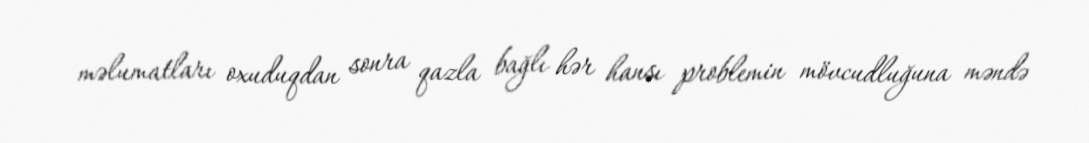
məlumatları oxuduqdan sonra qazla bağlı hər hansı problemin mövcudluğuna məndə